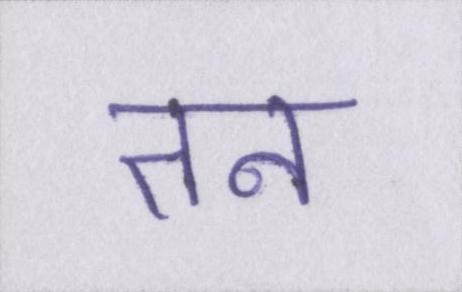
तन